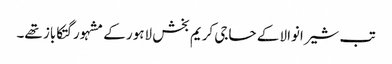
تب شیرانوالا کے حاجی کریم بخش لاہور کے مشہور گتکاباز تھے۔